Dysentery and liver abscess in Bombay - Number 47
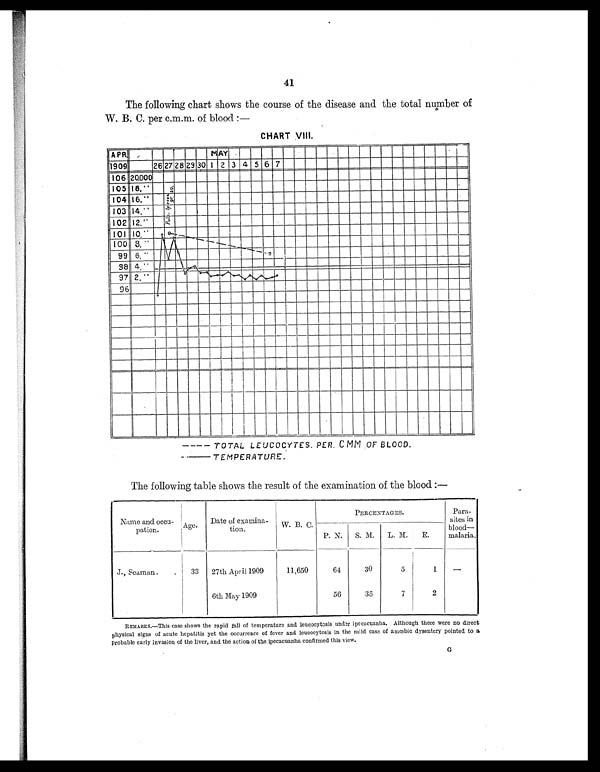
41
The following chart shows the course of the disease and the total number of
W. B. C. per c.m.m. of blood :—
CHART VIII.
The following table shows the result of the examination of the blood :—
Name and occu-
patron.
Age .
Date of examina-
tion.
W. B. C.
PERCENTAGES .
Para-
sites in
blood-
malaria.
P. N.
S. M.
L. M.
E.
J., Seaman.
.
33
27th April 1909
11,650
64
30
5
1
—
6th May 1909
56
35
7
2
REMARKS.—This case shows the rapid fall of temperature and leucocytosis under ipecacuanha. Although there were no direct
physical signs of acute hepatitis yet the occurrence of fever and leucocytosis in the mild case of amœbic dysentery pointed to a
probable early invasion of the liver, and the action of the ipecacuanha confirmed this view.
•